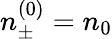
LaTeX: n_{\pm}^{(0)}=n_{0}